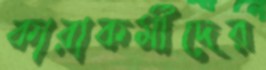
কারাকর্মীদের